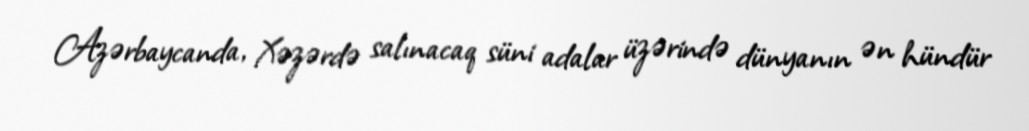
Azərbaycanda, Xəzərdə salınacaq süni adalar üzərində dünyanın ən hündür